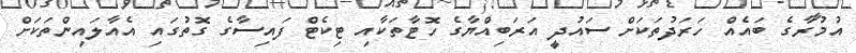
އުމުރާގެ ބައެއް ހަރަދުތަކަށް ސައުދީ އަރަބިއްޔާގެ ހޮޓާތަކާއި ޓިކެޓް ފައިސާގެ ގޮތުގައި އެއާލައިންތަކަށް